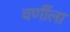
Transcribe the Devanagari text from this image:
वर्णीला